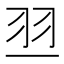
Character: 𰭝